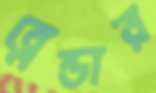
ব্লেন্ডার